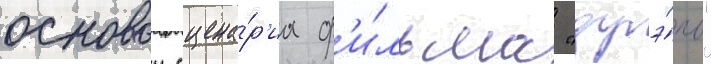
основои сцена́р'иа ф'и́льма "дуэ́ль"